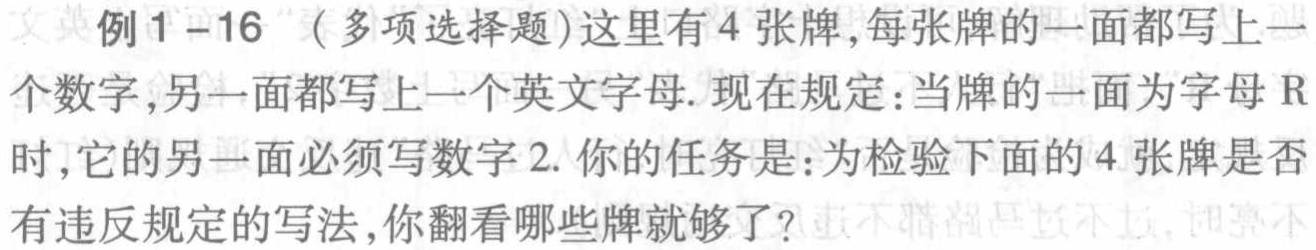
例1-16（多项选择题）这里有4张牌,每张牌的一面都写上一个数字,另一面都写上一个英文字母. 现在规定：当牌的一面为字母R时,它的另一面必须写数字2. 你的任务是：为检验下面的4张牌是否有违反规定的写法,你翻看哪些牌就够了?